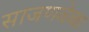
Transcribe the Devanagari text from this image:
साजणवेळा